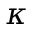
\kappa